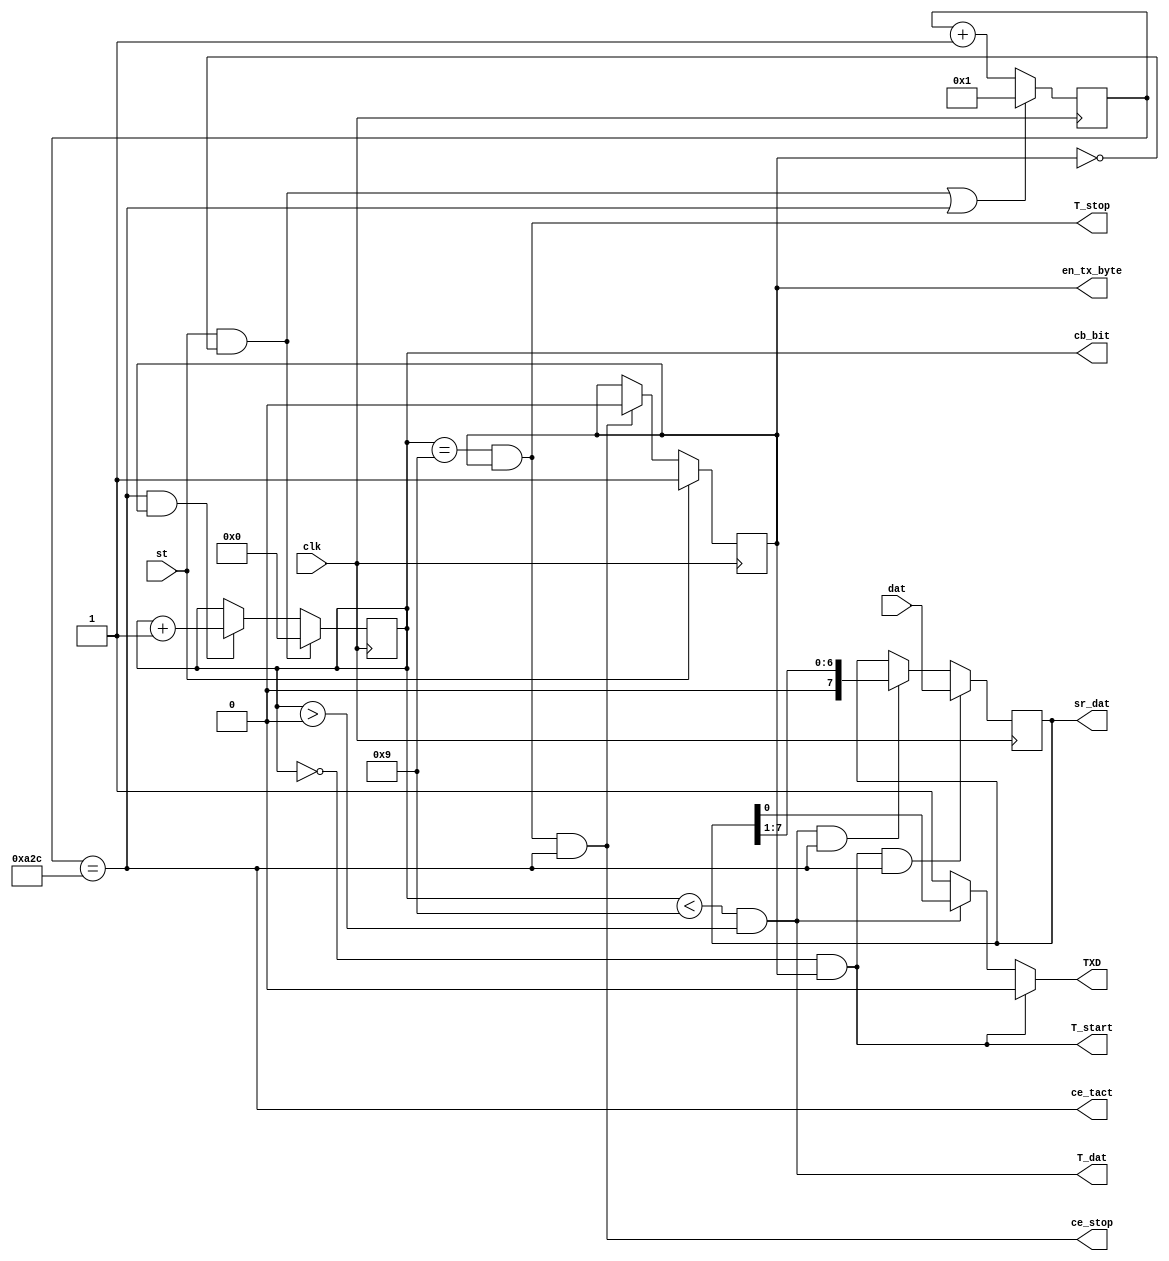
module UTXD1B( input clk, 		output wire TXD, //
					input[7:0]dat, output wire ce_tact, // 
					input st, 		//output reg en_tx =0, //  
										output reg [3:0] cb_bit=0,
										output wire T_start, // 
										output wire T_dat, // 
										output wire T_stop, // 
										output wire ce_stop, // 
										output reg en_tx_byte = 0,
										output reg [7:0] sr_dat=0 );//  

parameter Fclk=50000000 ; //50 MHz
parameter VEL = 19200; //115200 ; //115.2 kBod (  1 )
parameter Nt = Fclk/VEL ; //~434

reg [15:0]cb_tact=0 ; // 

assign ce_tact = (cb_tact==Nt) ; // cb_tact  Nt
assign T_start = ((cb_bit==0) & en_tx_byte) ; //   
assign T_dat = (cb_bit<9) & (cb_bit>0); //   
assign T_stop = ((cb_bit==9) & en_tx_byte); //   
assign ce_stop = T_stop & ce_tact ; // 
assign TXD = T_start? 0 : T_dat? sr_dat[0] : 1 ; //  sr_dat[0]

wire start = st & !en_tx_byte ;

//-------------
always @ (posedge clk) begin
	cb_tact <= (start | ce_tact)? 1 : cb_tact+1 ; //""  1  cb_tact==`Nt
	en_tx_byte <= st? 1 : ce_stop? 0 : en_tx_byte;
	cb_bit <= start? 0 : (ce_tact & en_tx_byte)? cb_bit+1 : cb_bit ;
	sr_dat <= (T_start & ce_tact)? dat : (T_dat & ce_tact)? sr_dat>>1 : sr_dat ; /*  sr_dat   */
end

endmodule